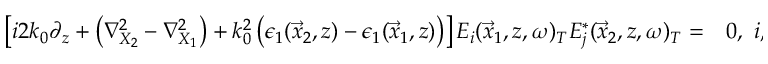
\begin{array} { r l } { \left[ i 2 k _ { 0 } \partial _ { z } + \left( \nabla _ { X _ { 2 } } ^ { 2 } - \nabla _ { X _ { 1 } } ^ { 2 } \right) + k _ { 0 } ^ { 2 } \left( \epsilon _ { 1 } ( \vec { x } _ { 2 } , z ) - \epsilon _ { 1 } ( \vec { x } _ { 1 } , z ) \right) \right] E _ { i } ( \vec { x } _ { 1 } , z , \omega ) _ { T } E _ { j } ^ { * } ( \vec { x } _ { 2 } , z , \omega ) _ { T } = } & { { } 0 , ~ i , j \in \{ X , Y \} } \end{array}